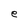
Character: e